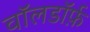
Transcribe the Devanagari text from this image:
वॉलडॉर्फ़